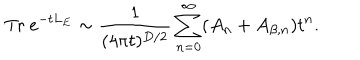
\mathrm { T r } ~ e ^ { - t L _ { E } } \sim { \frac { 1 } { ( 4 \pi t ) ^ { D / 2 } } } \sum _ { n = 0 } ^ { \infty } ( A _ { n } + A _ { \beta , n } ) t ^ { n } .